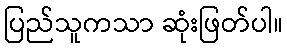
ပြည်သူကသာ ဆုံးဖြတ်ပါ။